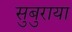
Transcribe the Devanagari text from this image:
सुबुराया